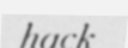
hack-